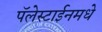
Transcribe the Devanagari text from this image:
पॅलेस्टाईनमधे